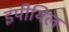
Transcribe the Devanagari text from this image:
इंपीयिल